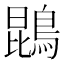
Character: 鵾